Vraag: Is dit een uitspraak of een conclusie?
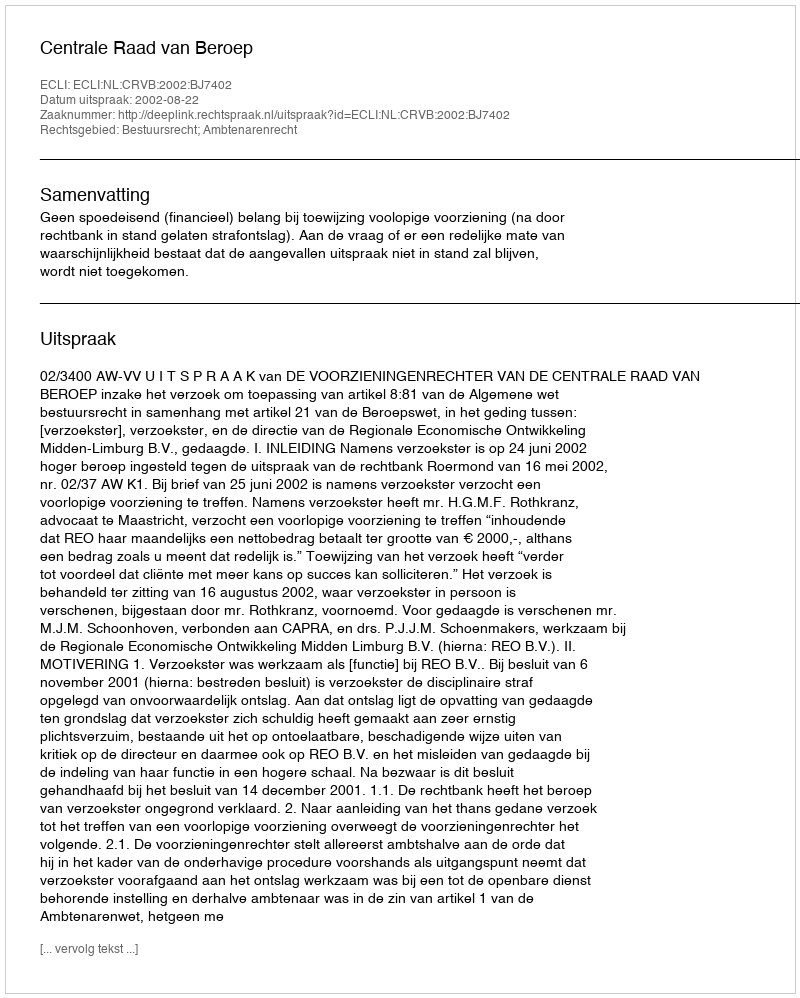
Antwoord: Uitspraak